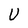
Character: U